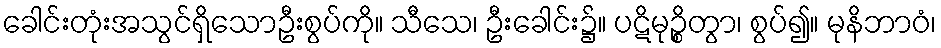
ခေါင်းတုံးအသွင်ရှိသောဦးစွပ်ကို။ သီသေ၊ ဦးခေါင်း၌။ ပဋိမုဉ္စိတွာ၊ စွပ်၍။ မုနိဘာဝံ၊